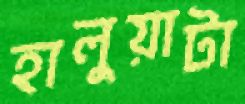
হালুয়াটা